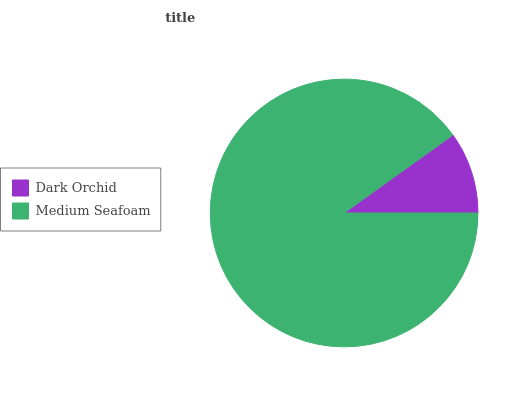
| Dark Orchid | Medium Seafoam |
 | --- | --- |
 | 9.9% | 90.1% |